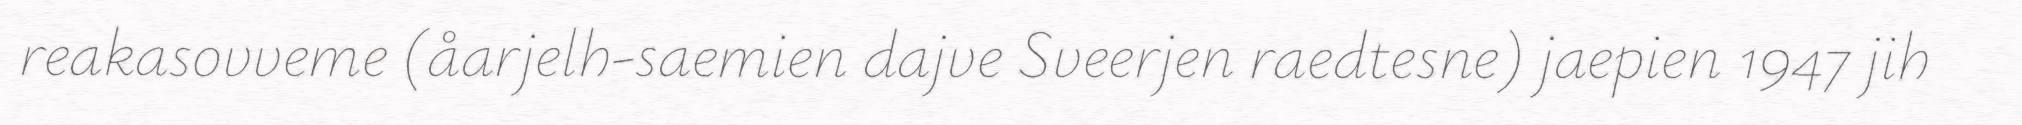
reakasovveme (åarjelh-saemien dajve Sveerjen raedtesne) jaepien 1947 jih